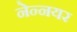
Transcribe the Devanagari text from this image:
नेन्नयर